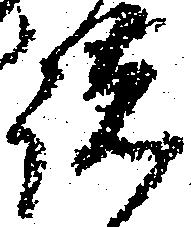
諸